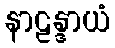
နာဠန္ဒာယံ